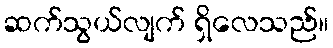
ဆက်သွယ်လျက် ရှိလေသည်။